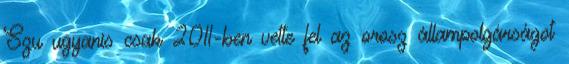
Szu ugyanis csak 2011-ben vette fel az orosz állampolgárságot